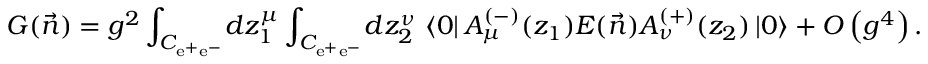
{ \cal G } ( \vec { n } ) = g ^ { 2 } \int _ { C _ { \mathrm { e } ^ { + } \mathrm { e } ^ { - } } } \! d z _ { 1 } ^ { \mu } \int _ { C _ { \mathrm { e } ^ { + } \mathrm { e } ^ { - } } } \! d z _ { 2 } ^ { \nu } \ \langle 0 | \, A _ { \mu } ^ { ( - ) } ( z _ { 1 } ) { \cal E } ( \vec { n } ) A _ { \nu } ^ { ( + ) } ( z _ { 2 } ) \, | 0 \rangle + { \cal O } \left( g ^ { 4 } \right) .